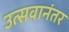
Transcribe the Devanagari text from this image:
उत्सवानंतर